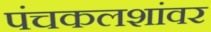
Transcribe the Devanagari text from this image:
पंचकलशांवर